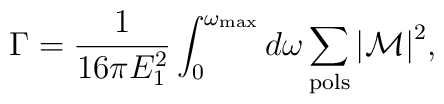
\Gamma={1\over 16\pi E_1^2}\int_0^{\omega_{\rm max}}d\omega\sum_{\rm pols}{\vert {\cal M}\vert}^2,